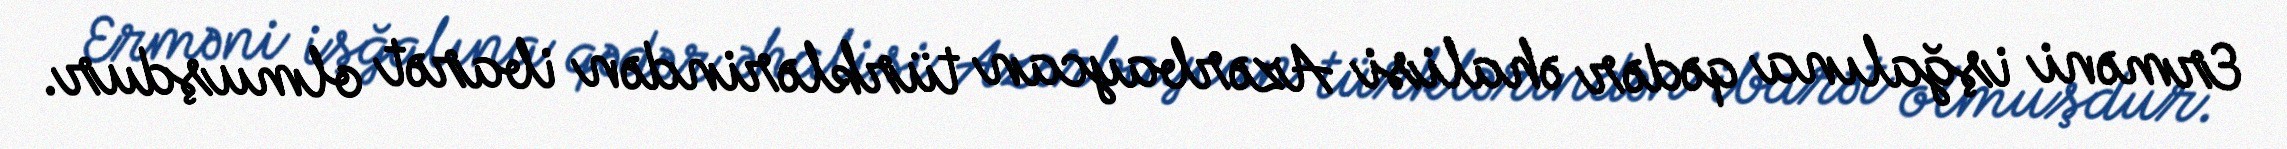
Erməni işğalına qədər əhalisi Azərbaycan türklərindən ibarət olmuşdur.